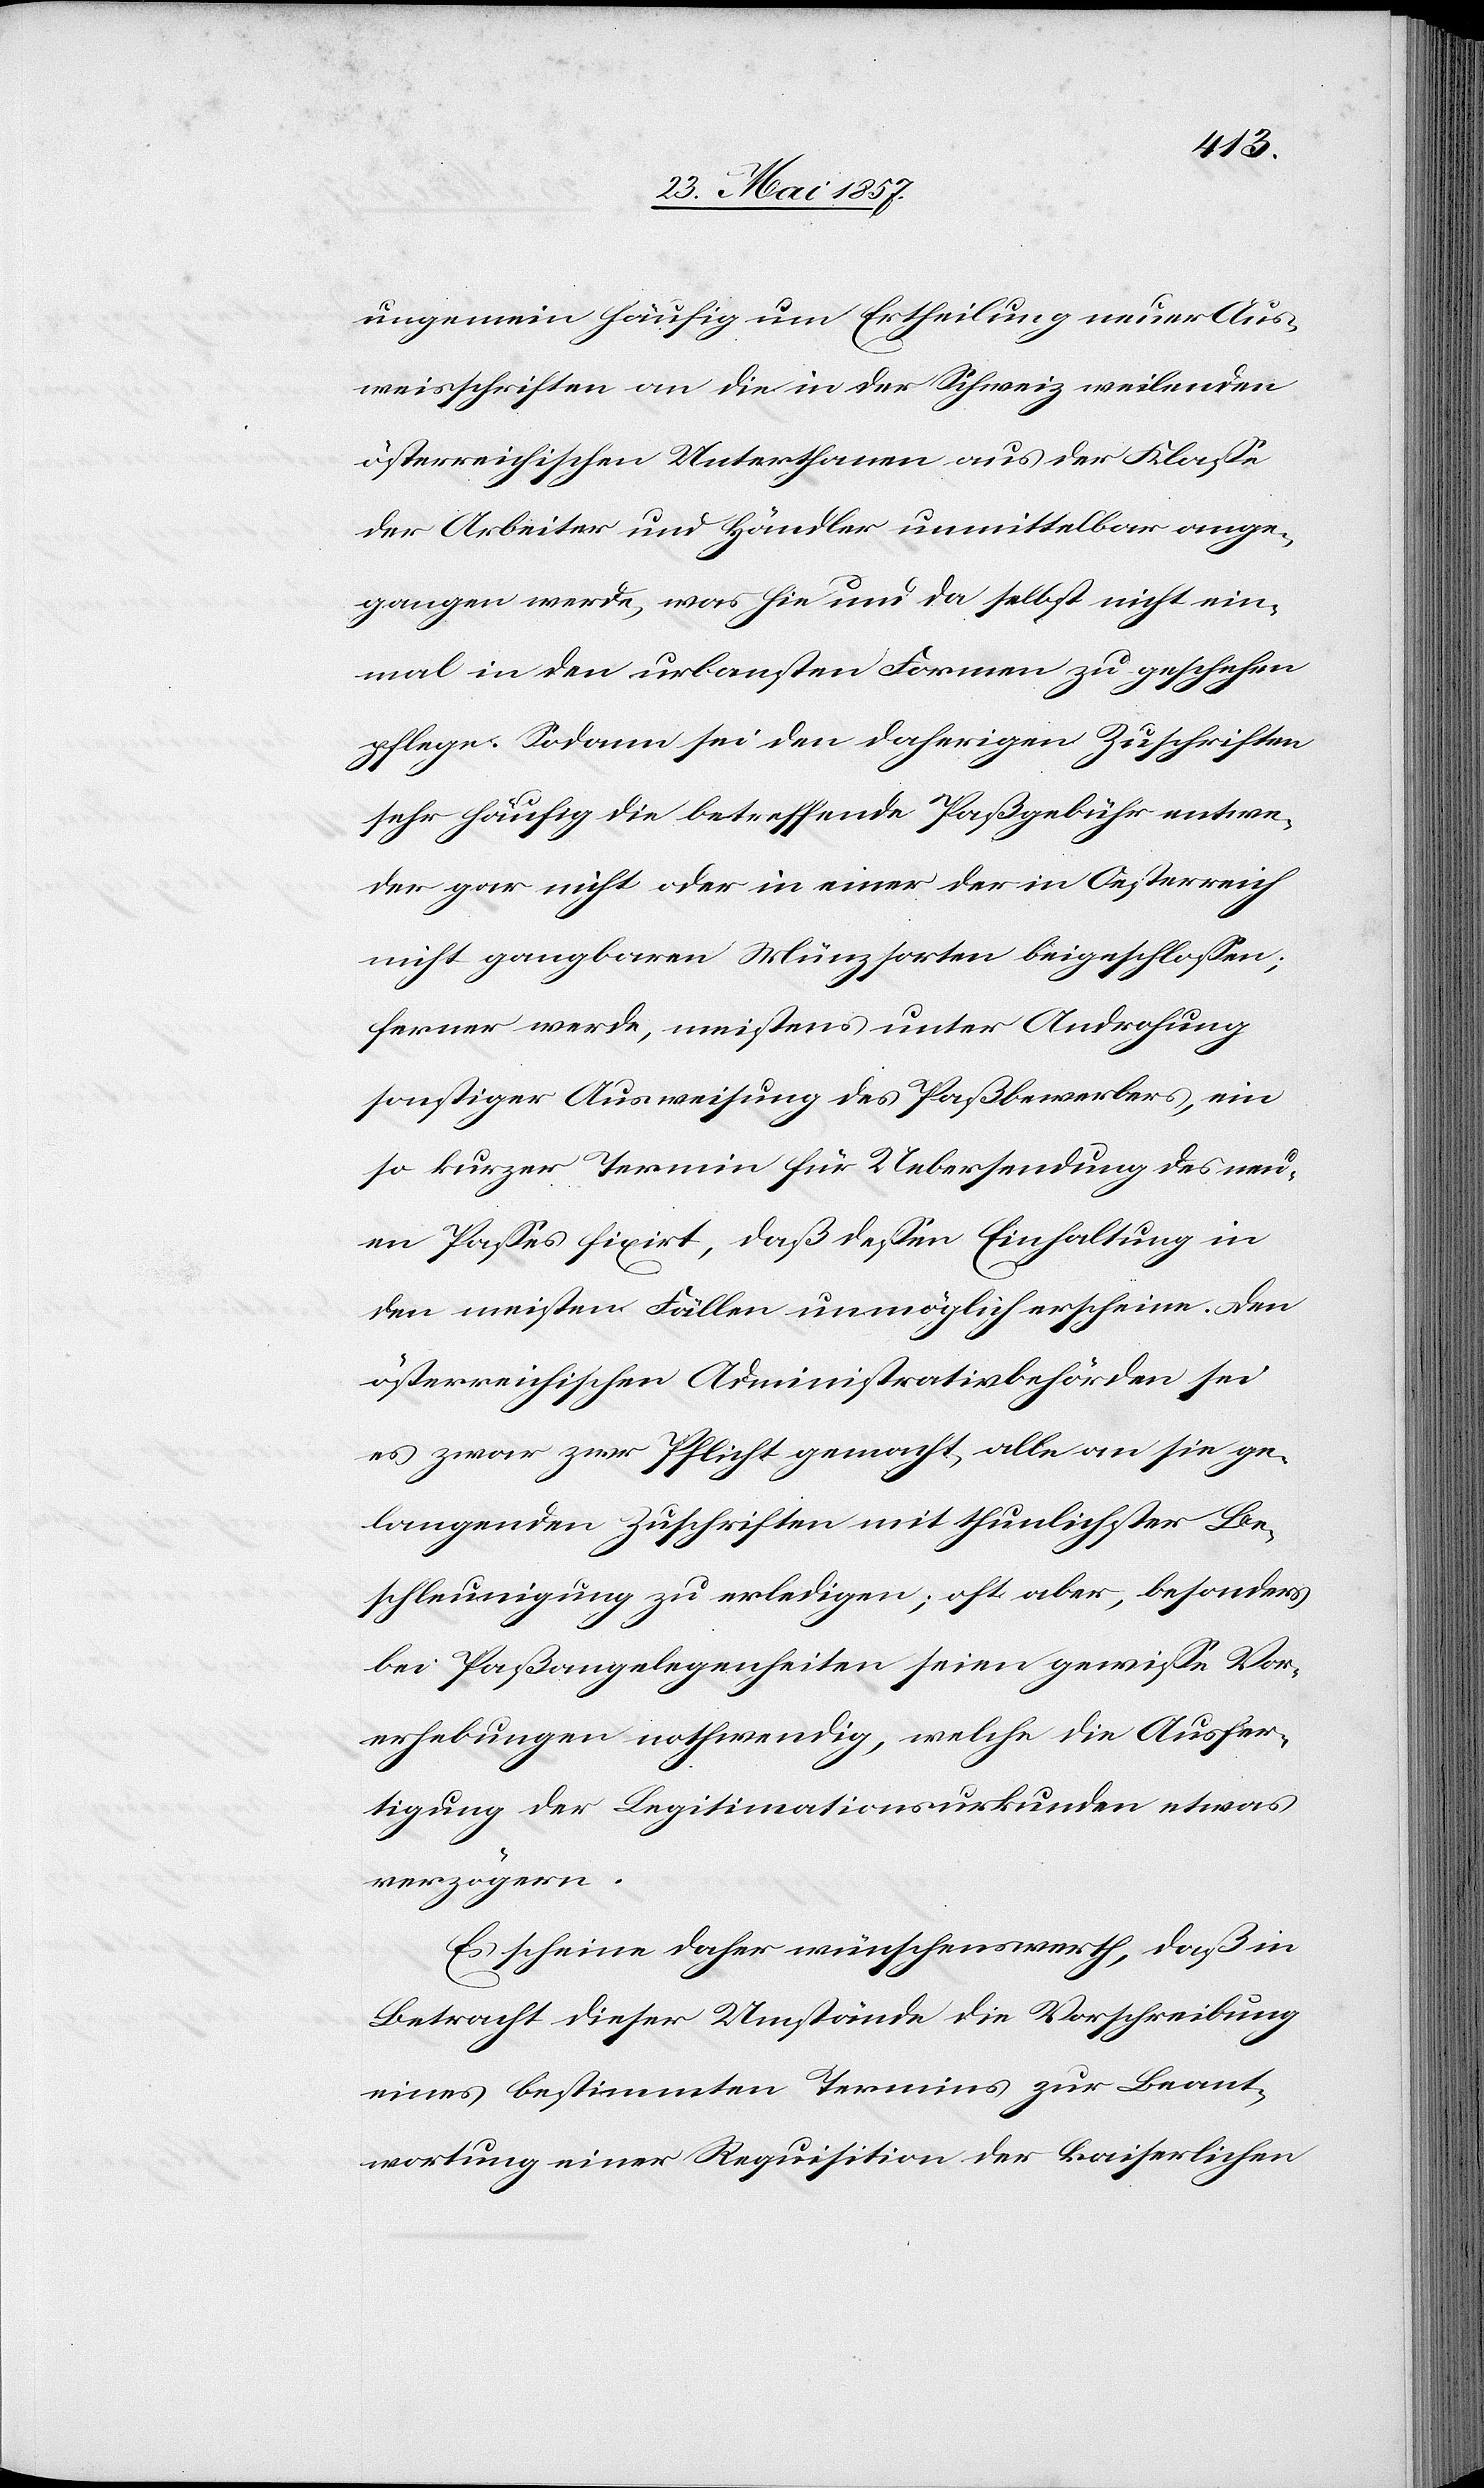
ungemein häufig um Ertheilung neuer Aus¬
weisschriften an die in der Schweiz weilenden
österreichischen Unterthanen aus der Klasse
der Arbeiter und Händler unmittelbar ange¬
gangen werde, was hie und da selbst nicht ein¬
mal in den urlansten Formen zu geschehen
pflege. Sodann sei den daherigen Zuschriften
sehr häufig die betreffende Paßgebühr entwe¬
der gar nicht oder in einer der in Oesterreich
nicht gangbaren Münzsorten beigeschlossen;
ferner werde, meistens unter Androhung
sonstiger Ausweisung des Paßbewerbes, ein
so kurzer Termin für Uebersendung des neu¬
en Passes fixirt, daß dessen Einhaltung in
den meisten Fällen unmöglich erscheine. Den
österreichischen Administrativbehörden sei
es zwar zur Pflicht gemacht, alle an sie ge¬
langenden Zuschriften mit thunlichster Be¬
schleunigung zu erledigen; oft aber, besonders
bei Paßangelegenheiten seien gewisse Vor¬
erhebungen nothwendig, welche die Ausfer¬
tigung der Legitimationsurkunden etwas
verzögern.
Es scheine daher wünschenswerth, daß in
Betracht dieser Umstände die Vorschreibung
eines bestimmten Termins zur Beant¬
wortung einer Requisition der kaiserlichen